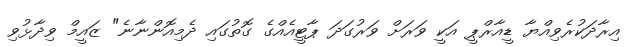
އިރާދަކުރެވިއްޔާ ޑީއާރްޕީ އަކީ ވަރަށް ވަރުގަދަ ޕާޓީއެއްގެ ގޮތުގައި ދެމިއޮންނާނެ" ޒައީމް ވިދާޅުވި